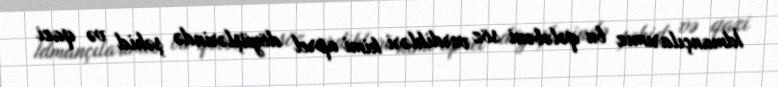
İdmançılarımız bu qələbəni söz verdikləri kimi aprel döyüşlərində şəhid və qazi